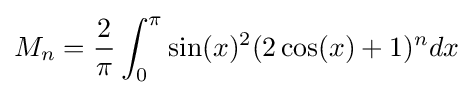
M_{n}={\frac {2}{\pi }}\int _{0}^{\pi }\sin(x)^{2}(2\cos(x)+1)^{n}dx